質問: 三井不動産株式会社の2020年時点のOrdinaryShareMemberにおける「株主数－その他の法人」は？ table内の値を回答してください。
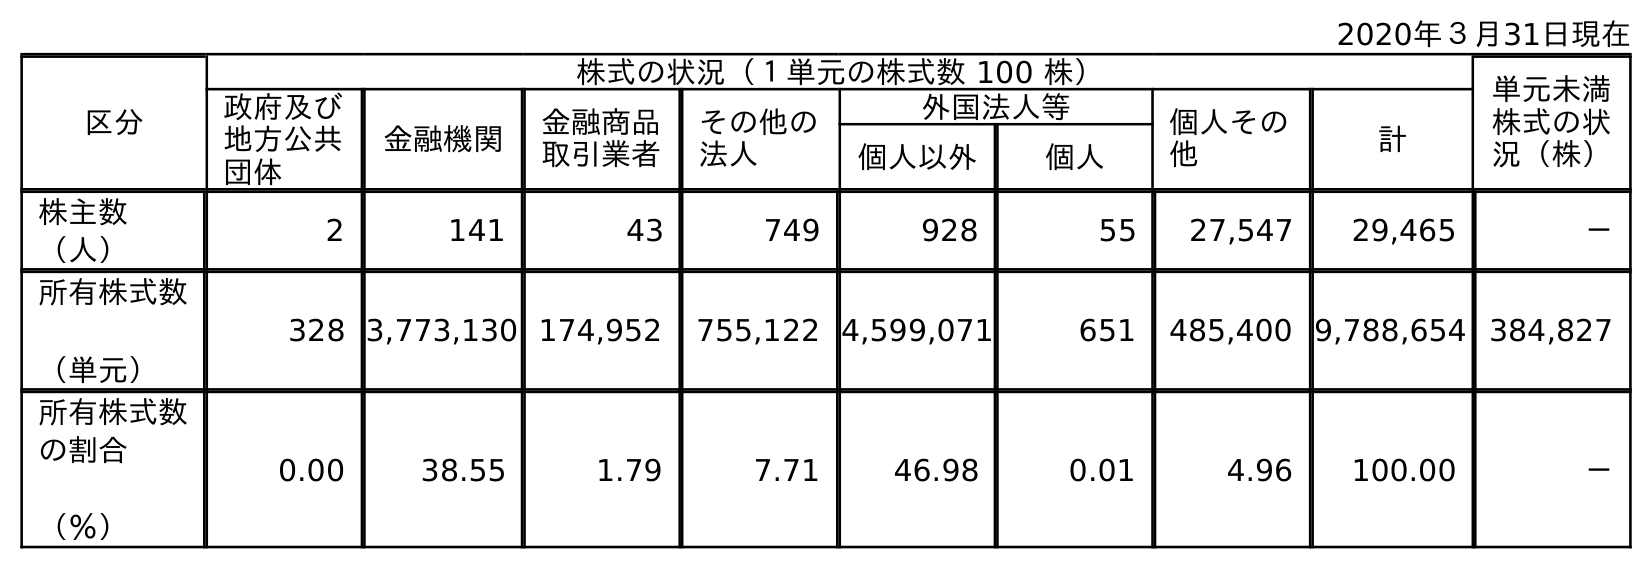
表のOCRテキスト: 2020年３月31日現在 区分 株式の状況（１単元の株式数 100 株） 単元未満 株式の状 況（株） 政府及び 地方公共 団体 金融機関 金融商品 取引業者 その他の 法人 外国法人等 個人その 他 計 個人以外 個人 株主数 （人） 2 141 43 749 928 55 27,547 29,465 － 所有株式数 （単元） 328 3,773,130 174,952 755,122 4,599,071 651 485,400 9,788,654 384,827 所有株式数 の割合 （％） 0.00 38.55 1.79 7.71 46.98 0.01 4.96 100.00 －
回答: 749